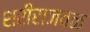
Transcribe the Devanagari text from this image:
शरीराजवळ